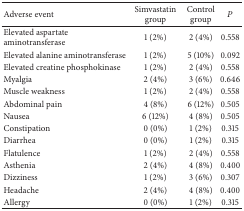
| Adverse event | Simvastatin group | Control group | P |
 | --- | --- | --- | --- |
 | Elevated aspartate aminotransferase | 1 (2%) | 2 (4%) | 0.558 |
 | Elevated alanine aminotransferase | 1 (2%) | 5 (10%) | 0.092 |
 | Elevated creatine phosphokinase | 1 (2%) | 2 (4%) | 0.558 |
 | Myalgia | 2 (4%) | 3 (6%) | 0.646 |
 | Muscle weakness | 1 (2%) | 2 (4%) | 0.558 |
 | Abdominal pain | 4 (8%) | 6 (12%) | 0.505 |
 | Nausea | 6 (12%) | 4 (8%) | 0.505 |
 | Constipation | 0 (0%) | 1 (2%) | 0.315 |
 | Diarrhea | 0 (0%) | 1 (2%) | 0.315 |
 | Flatulence | 1 (2%) | 2 (4%) | 0.558 |
 | Asthenia | 2 (4%) | 4 (8%) | 0.400 |
 | Dizziness | 1 (2%) | 3 (6%) | 0.307 |
 | Headache | 2 (4%) | 4 (8%) | 0.400 |
 | Allergy | 0 (0%) | 1 (2%) | 0.315 |